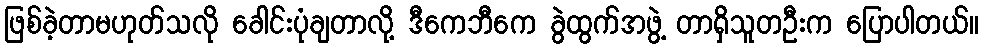
ဖြစ်ခဲ့တာမဟုတ်သလို ခေါင်းပုံချတာလို့ ဒီကေဘီကေ ခွဲထွက်အဖွဲ့ တာရှိသူတဦးက ပြောပါတယ်။